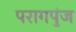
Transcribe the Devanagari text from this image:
परागपुंज